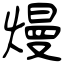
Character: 熳